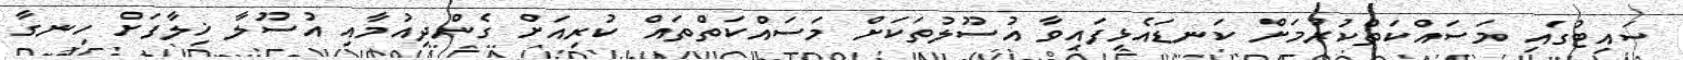
ސައިޓުގައި މަސައްކަތްކުރުމަށް ކަނޑައެޅިފައިވާ އުސޫލުތަކަށް މަސައްކަތްތައް ކުރިއަށް ގެންދިއުމާއި އުސޫލާ ޚިލާފަށް ހިނގާ